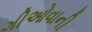
ગીઓવાની